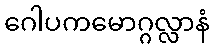
ဂေါပကမောဂ္ဂလ္လာနံ